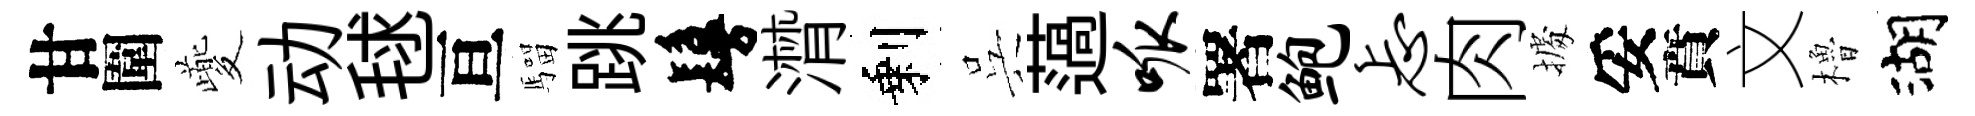
甘圍夔动毬亘騮跳鬘潸剩呉薖呱署鲍忐肉𢴃妥賁文櫓湖